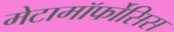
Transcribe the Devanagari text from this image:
मेटामॉर्फोसिस